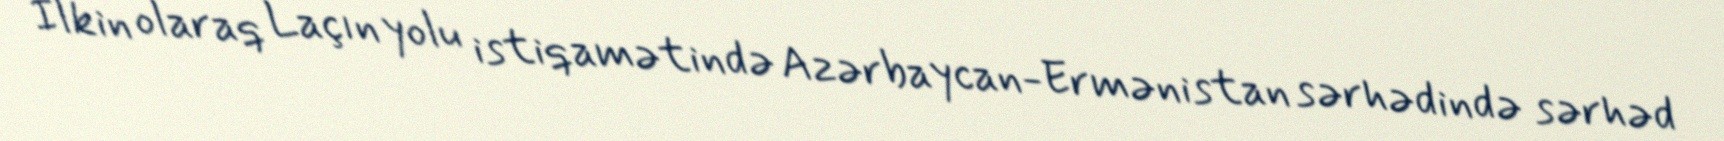
İlkin olaraq Laçın yolu istiqamətində Azərbaycan-Ermənistan sərhədində sərhəd